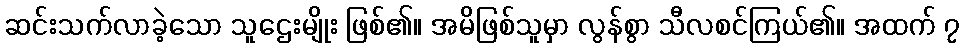
ဆင်းသက်လာခဲ့သော သူဌေးမျိုး ဖြစ်၏။ အမိဖြစ်သူမှာ လွန်စွာ သီလစင်ကြယ်၏။ အထက် ၇